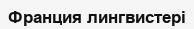
Франция лингвистері